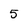
Character: 5